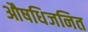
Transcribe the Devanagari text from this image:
औषधिजनित